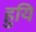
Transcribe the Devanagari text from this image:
हुयि